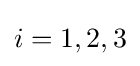
i=1,2,3